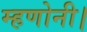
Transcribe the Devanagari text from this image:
म्हणोनी।